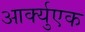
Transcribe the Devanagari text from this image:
आर्क्युएक